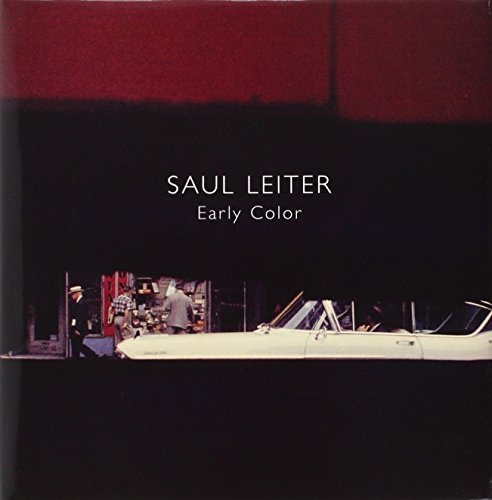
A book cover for Saul Leiter: Early Color; Arts & Photography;